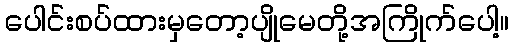
ပေါင်းစပ်ထားမှတော့ပျိုမေတို့အကြိုက်ပေါ့။